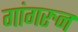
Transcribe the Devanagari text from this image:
गांगरुन